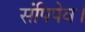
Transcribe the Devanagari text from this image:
संपिपेव।